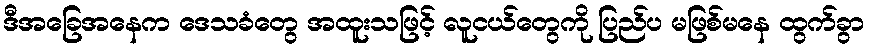
ဒီအခြေအနေက ဒေသခံတွေ အထူးသဖြင့် လူငယ်တွေကို ပြည်ပ မဖြစ်မနေ ထွက်ခွာ